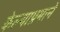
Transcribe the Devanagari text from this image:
केल्याप्रमाने